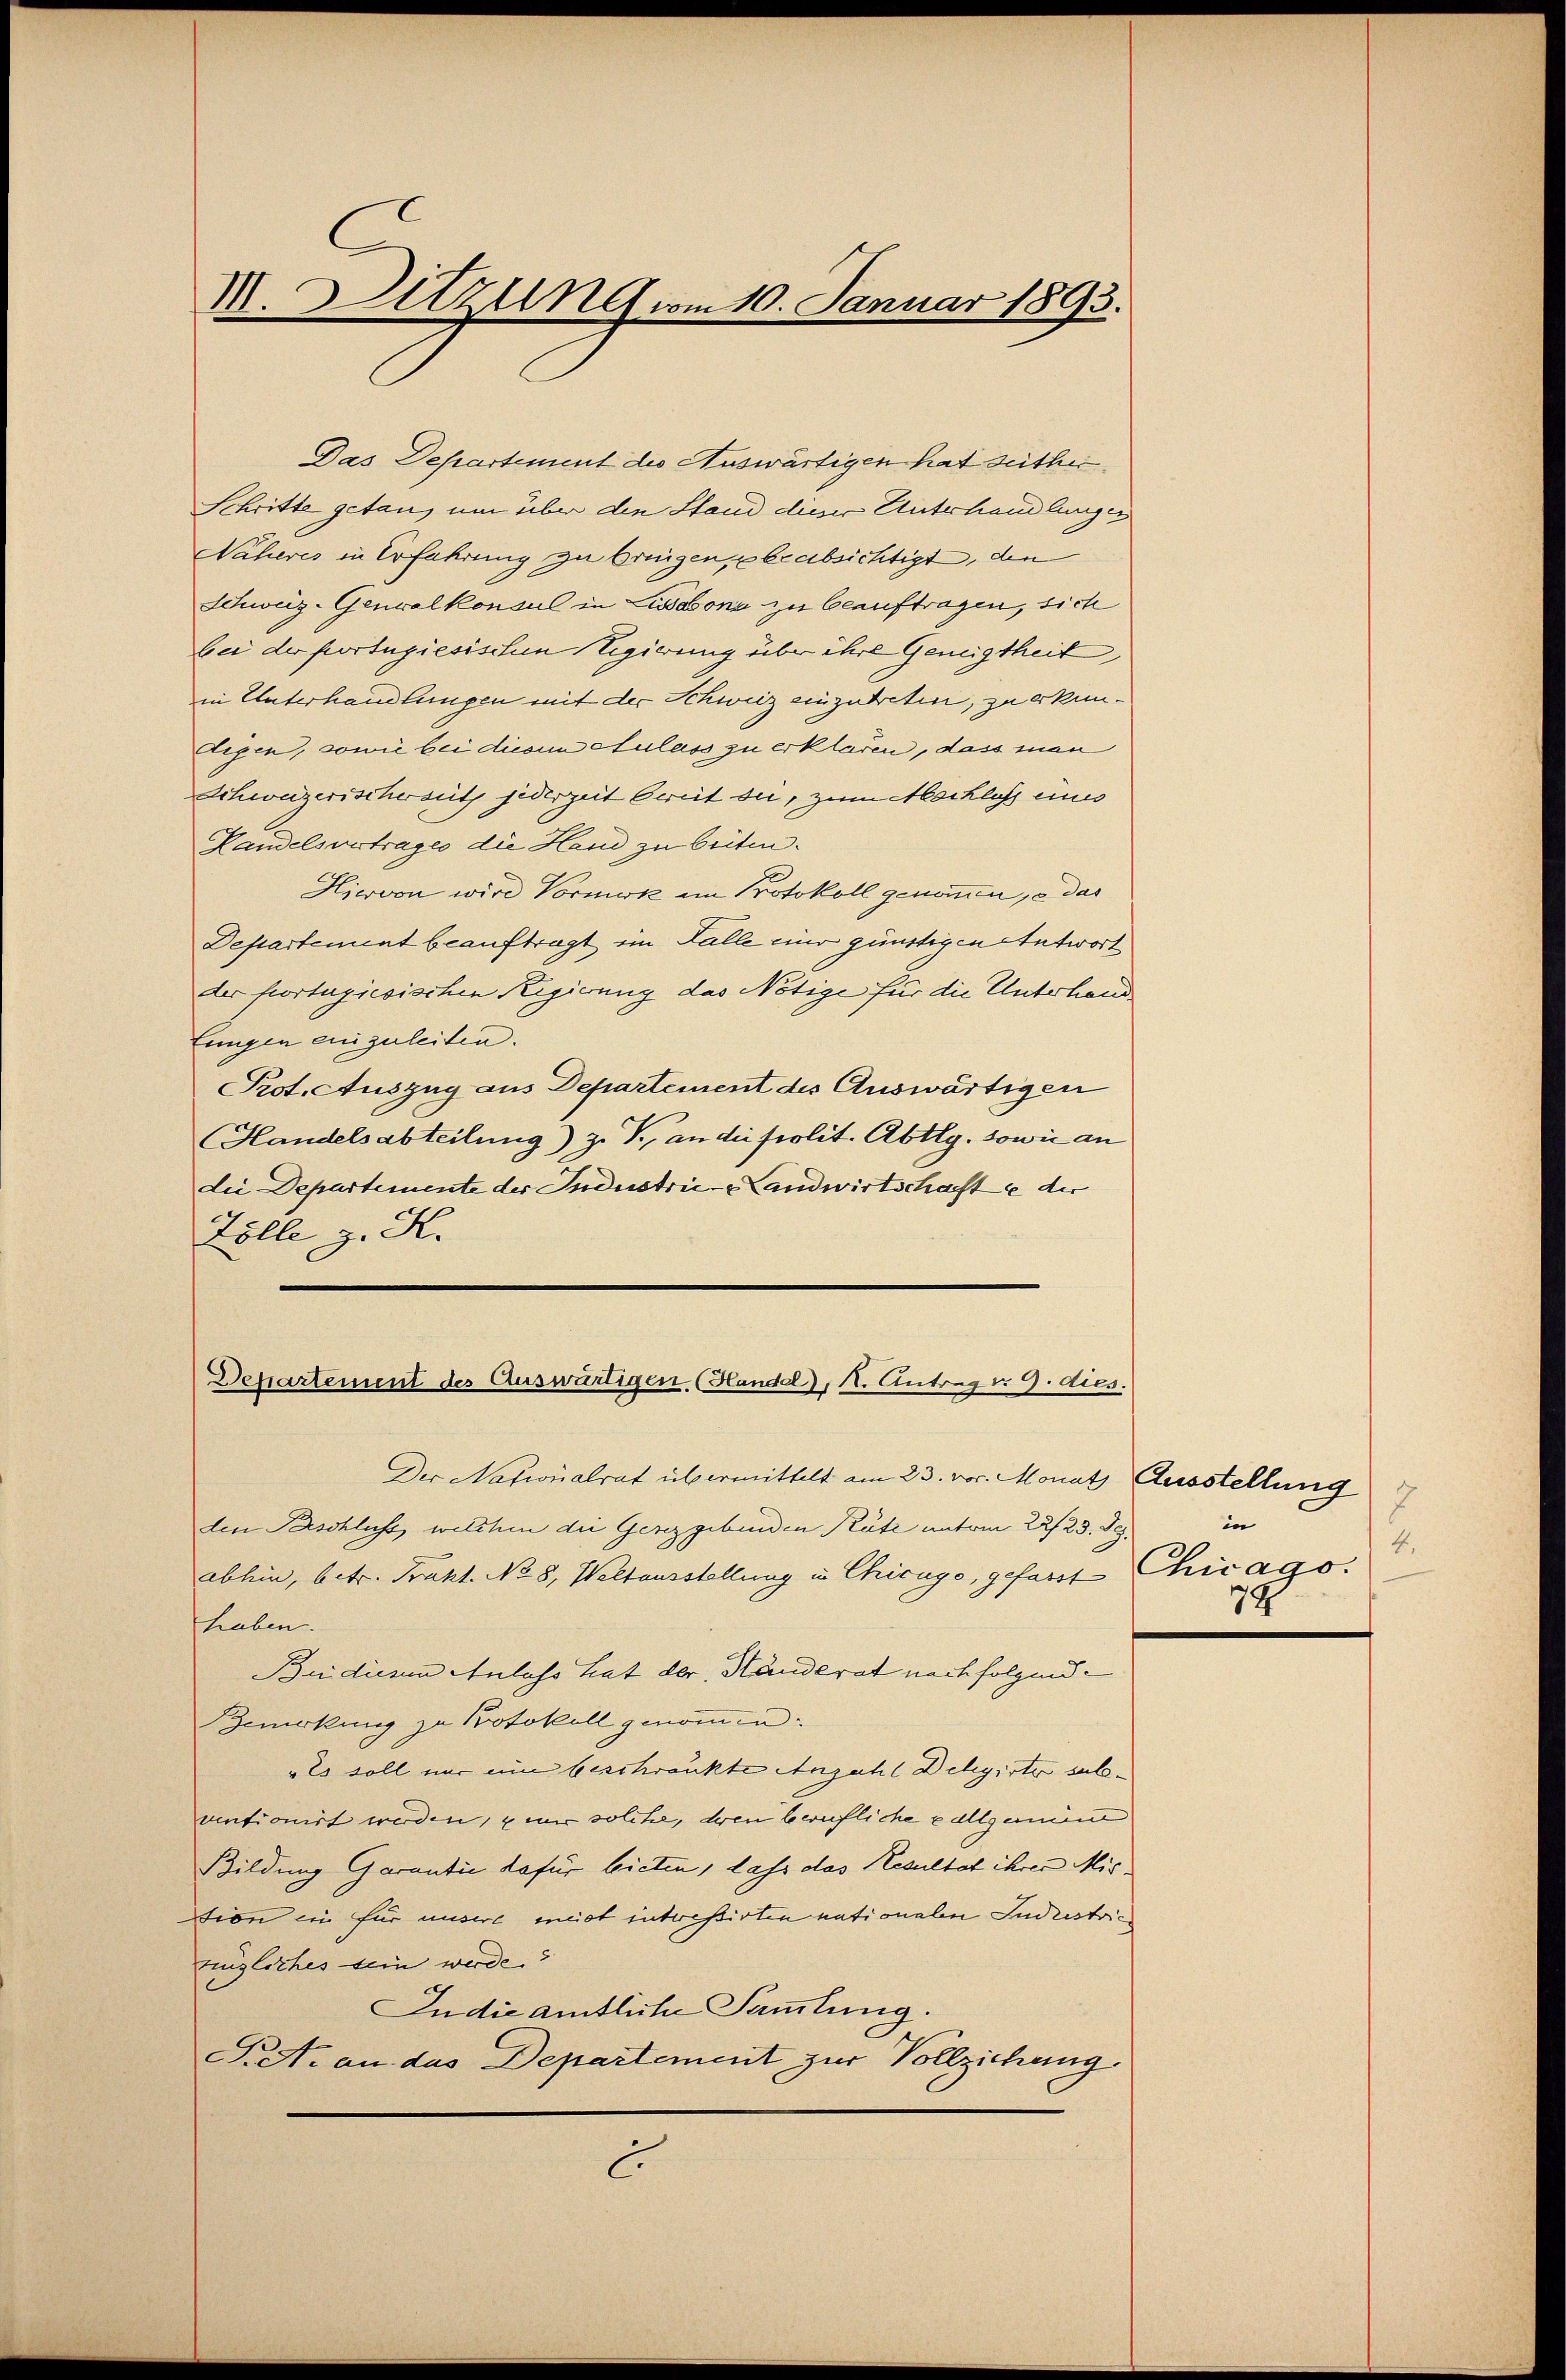
III. Sitzung vom 10. Januar 1893.

Das Departement des Auswärtigen hat seither
Schritte getan, um über den Stand dieser Unterhandlungen
Näheres in Erfahrung zu bringen, beabsichtigt, den
Schweiz-Genvalkonsul in Lissabona zu beauftragen, sich
bei der fortugiesischen Regierung über ihre Geneigtheit
in Unterhandlungen mit der Schweiz einzutreten, zu erkun¬
Degen, sowie bei diesem Sulass zu erklären, dass man
Schweizerischerseit jederzeit bereit die, zum Mochloss eines
Landelsvertrages die Hand zu beiten.
Hiervon wird Vormerk im Protokoll genommen, das
Departement beauftragt im Falle eine günstigen Antwort
der fortugiesischen Regierung das Nötige für die Unterhand
fungen einzuleiten.
Pot. Auszug aus Departement des Auswärtigen
Handelsabteilung) z. T., an die prolit. Abtlg. sowie an
die Departemente der Industrić - Landwirtschafte der
Zölle z. K.

Departement des Auswärtigen. (Handel), 1. Antrag d. 9. dies.

Der Nationalrat übermittelt am 23. vor. Monat Ausstellung
den Beschluss, welchen die Gesetzgebenden Räte unterm 22/23. Dez
abhin, betr. Prakt. No 8, Weltausstellung in Chicago, gefasst Chicago
haben.
Budicum Anlass hat der Händerat nach folgend
Zwrkung zu Protokoll genommen.
"Es soll nur ein beschränkte Anzahl Dehgister sub.
ventionirt werden, u mir solche, deren berufliche e allgement
Bildung Garantie dafür bieten, dass das Resultat ihrer Mis
tion ein für unsere meist interessirten nationalen Jndustric
zügliches sein werde.
In die amtliche Sammlung.
Siet. an das Departement zur Vollziehung
C.

2
in
4.
78